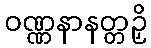
ဝဏ္ဏနာနတ္တဉှိ